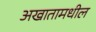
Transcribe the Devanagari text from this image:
अखातामधील